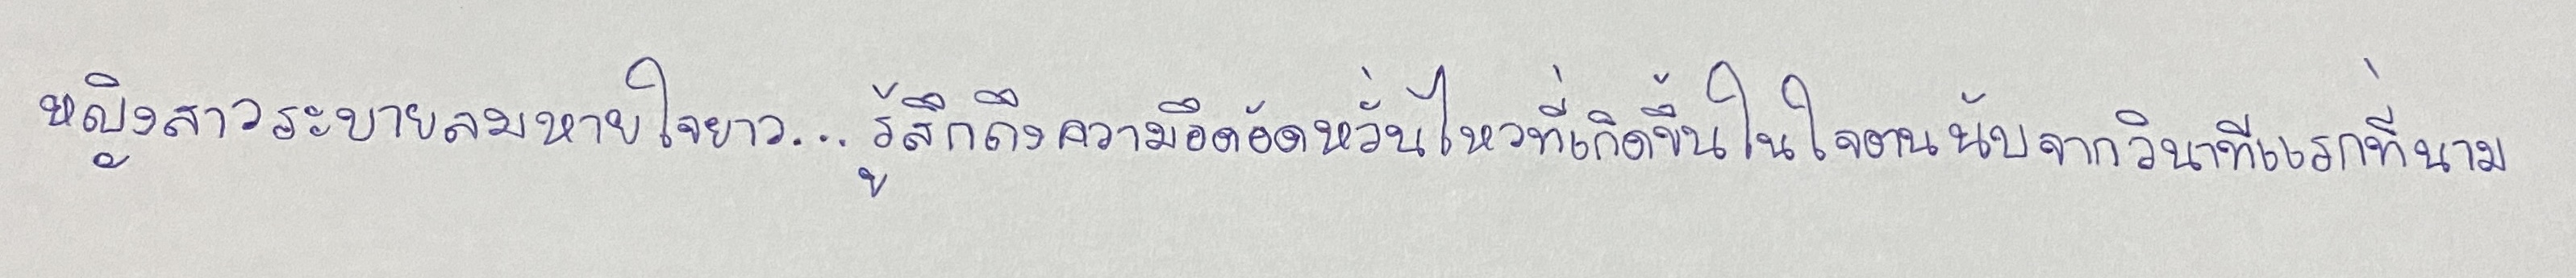
หญิงสาวระบายลมหายใจยาว...รู้สึกถึงความอึดอัดหวั่นไหวที่เกิดขึ้นในใจตนนับจากวินาทีแรกที่นาม